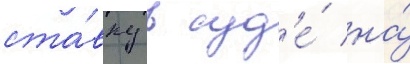
ста́вку в суд'е́ на́